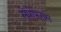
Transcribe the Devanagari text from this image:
सेप्रोफेगस